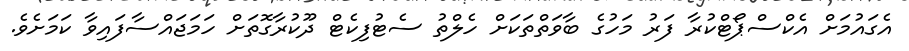
އެގައުމަށް އެކްސްޕޯޓްކުރާ ފަރު މަހުގެ ބާވަތްތަކަށް ހެލްތު ސެޓުފިކެޓް ދޫކުރާގޮތަށް ހަމަޖައްސާފައިވާ ކަމަށެވެ.